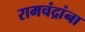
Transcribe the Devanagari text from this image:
रामचंद्रांना